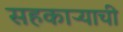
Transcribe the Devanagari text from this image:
सहकाऱ्याची